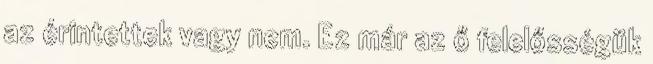
az érintettek vagy nem. Ez már az ő felelősségük